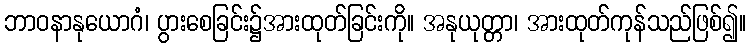
ဘာဝနာနုယောဂံ၊ ပွားစေခြင်း၌အားထုတ်ခြင်းကို။ အနုယုတ္တာ၊ အားထုတ်ကုန်သည်ဖြစ်၍။